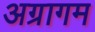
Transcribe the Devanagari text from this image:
अग्रागम